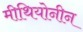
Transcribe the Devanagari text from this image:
मीथियोनीन